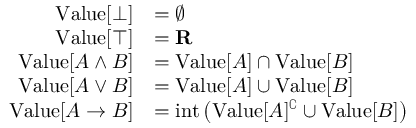
{ \begin{array} { r l } { { \mathrm { V a l u e } } [ \bot ] } & { = \emptyset } \\ { { \mathrm { V a l u e } } [ \top ] } & { = \mathbf { R } } \\ { { \mathrm { V a l u e } } [ A \land B ] } & { = { \mathrm { V a l u e } } [ A ] \cap { \mathrm { V a l u e } } [ B ] } \\ { { \mathrm { V a l u e } } [ A \lor B ] } & { = { \mathrm { V a l u e } } [ A ] \cup { \mathrm { V a l u e } } [ B ] } \\ { { \mathrm { V a l u e } } [ A \to B ] } & { = { \mathrm { i n t } } \left( { \mathrm { V a l u e } } [ A ] ^ { \complement } \cup { \mathrm { V a l u e } } [ B ] \right) } \end{array} }